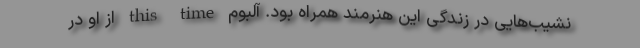
نشیب‌هایی در زندگی این هنرمند همراه بود. آلبوم this time از او در